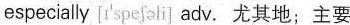
especially [ɪ'spefəli] adv.尤其地;主要